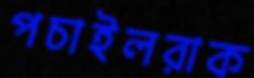
পচাইলরাক